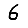
Digit: 6